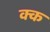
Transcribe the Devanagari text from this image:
क्क